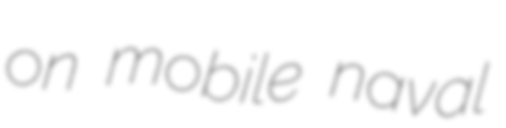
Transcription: on mobile naval